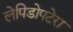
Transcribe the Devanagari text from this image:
लेपिडोपटेरा